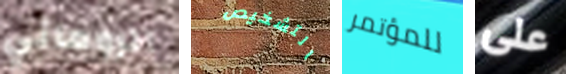
الروماني التشخيص للمؤتمر على